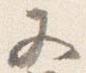
又